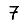
Digit: 7